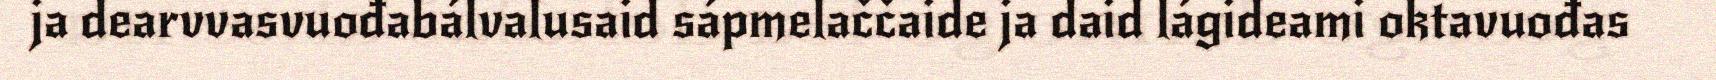
ja dearvvasvuođabálvalusaid sápmelaččaide ja daid lágideami oktavuođas